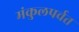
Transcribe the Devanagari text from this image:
मंकुलपर्वत